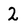
Character: 2